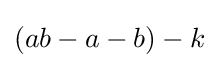
(ab-a-b)-k